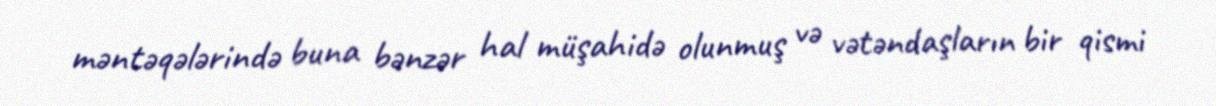
məntəqələrində buna bənzər hal müşahidə olunmuş və vətəndaşların bir qismi